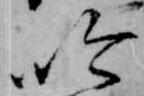
吟